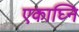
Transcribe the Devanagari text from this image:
एकाघ्नि